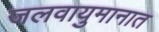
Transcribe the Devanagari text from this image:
जलवायुमानात